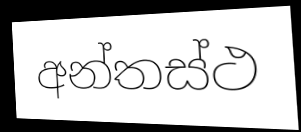
අන්තස්ථ